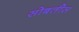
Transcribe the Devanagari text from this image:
सोबतीस